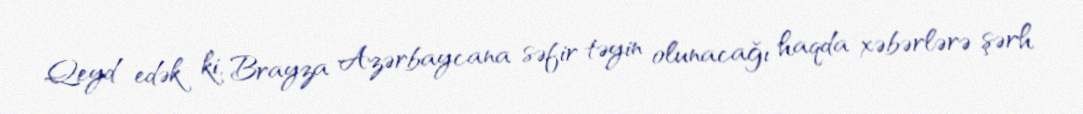
Qeyd edək ki, Brayza Azərbaycana səfir təyin olunacağı haqda xəbərlərə şərh